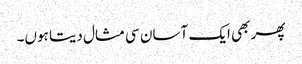
پھر بھی ایک آسان سی مثال دیتا ہوں۔